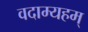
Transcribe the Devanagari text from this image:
वदाम्यहम्